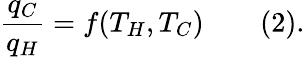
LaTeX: {\frac{q_{C}}{q_{H}}}=f(T_{H},T_{C})\qquad(2).